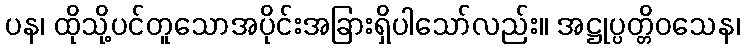
ပန၊ ထိုသို့ပင်တူသောအပိုင်းအခြားရှိပါသော်လည်း။ အဋ္ဌုပ္ပတ္တိဝသေန၊